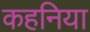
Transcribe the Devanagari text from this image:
कहनिया